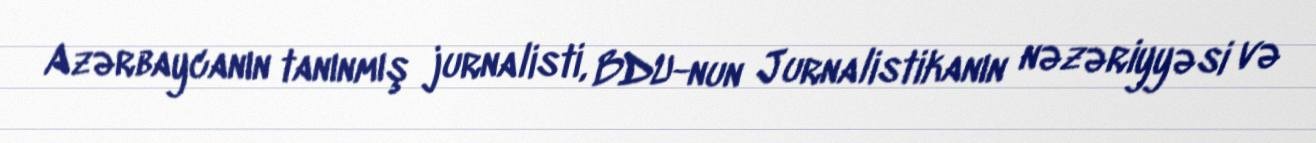
Azərbaycanın tanınmış jurnalisti, BDU-nun Jurnalistikanın nəzəriyyəsi və